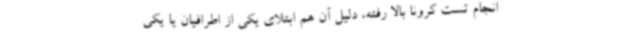
انجام تست کرونا بالا رفته، دلیل آن هم ابتلای یکی از اطرافیان یا یکی